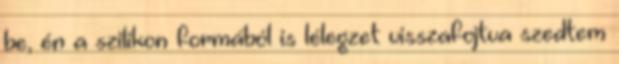
be, én a szilikon formából is lélegzet visszafojtva szedtem